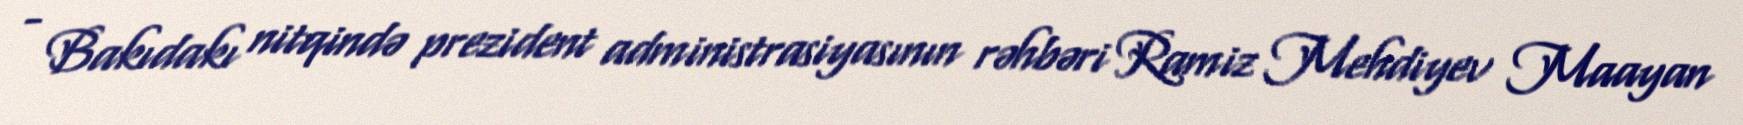
- Bakıdakı nitqində prezident administrasiyasının rəhbəri Ramiz Mehdiyev Maayan